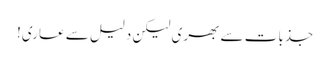
جذبات سے بھری لیکن دلیل سے عاری!